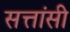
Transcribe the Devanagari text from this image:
सत्तांसी